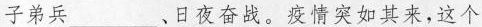
子弟兵___、日夜奋战。疫情突如其来，这个